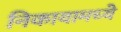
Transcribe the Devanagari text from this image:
निकायामध्ये